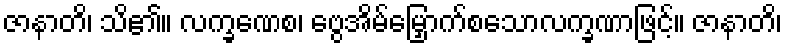
ဇာနာတိ၊ သိ၏။ လက္ခဏေစ၊ ဗွေအိမ်မြှောက်စသောလက္ခဏာဖြင့်။ ဇာနာတိ၊